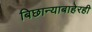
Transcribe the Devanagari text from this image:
बिछान्याबाहेरही